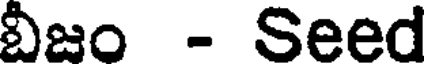
బీజం - Seed